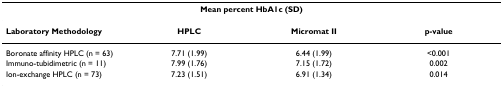
<table><thead><tr><td></td><td colspan="2"><b>Mean percent HbA1c (SD)</b></td><td></td></tr></thead><tbody><tr><td><b>Laboratory Methodology</b></td><td><b>HPLC</b></td><td><b>Micromat II</b></td><td><b>p-value</b></td></tr><tr><td>Boronate affinity HPLC (n = 63)</td><td>7.71 (1.99)</td><td>6.44 (1.99)</td><td>&lt;0.001</td></tr><tr><td>Immuno-tubidimetric (n = 11)</td><td>7.99 (1.76)</td><td>7.15 (1.72)</td><td>0.002</td></tr><tr><td>Ion-exchange HPLC (n = 73)</td><td>7.23 (1.51)</td><td>6.91 (1.34)</td><td>0.014</td></tr></tbody></table>